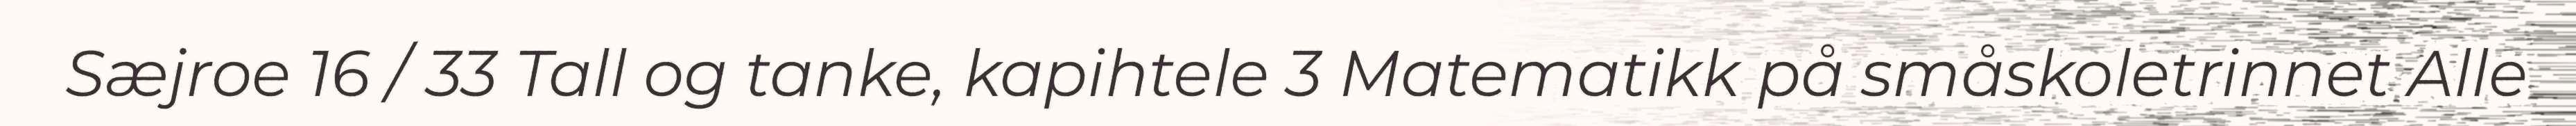
Sæjroe 16 / 33 Tall og tanke, kapihtele 3 Matematikk på småskoletrinnet Alle